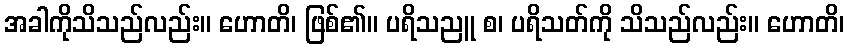
အခါကိုသိသည်လည်း။ ဟောတိ၊ ဖြစ်၏။ ပရိသညူ စ၊ ပရိသတ်ကို သိသည်လည်း။ ဟောတိ၊